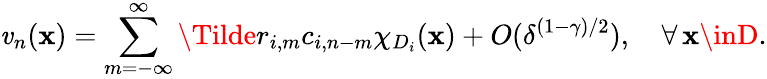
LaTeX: \mathit{v}_{n}(\mathbf{x})=\sum_{m=-\infty}^{\infty}\Tilde{r}_{i,m}c_{i,n-m}\chi_{D_{i}}(\mathbf{x})+O(\delta^{(1-\gamma)/2}),\quad\forall\, \mathbf{x}\inD.